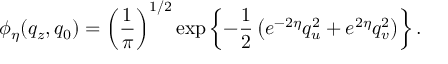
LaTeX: \phi _ { \eta } ( q _ { z } , q _ { 0 } ) = \left( { \frac { 1 } { \pi } } \right) ^ { 1 / 2 } \exp \left\{ - { \frac { 1 } { 2 } } \left( e ^ { - 2 \eta } q _ { u } ^ { 2 } + e ^ { 2 \eta } q _ { v } ^ { 2 } \right) \right\} .